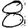
Digit: 8